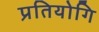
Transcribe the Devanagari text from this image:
प्रतियोगि